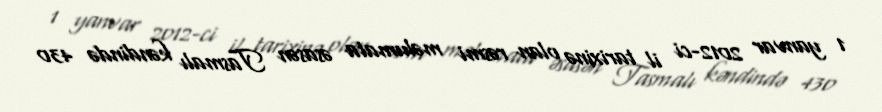
1 yanvar 2012-ci il tarixinə olan rəsmi məlumata əsasən Tasmalı kəndində 430